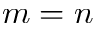
m = n